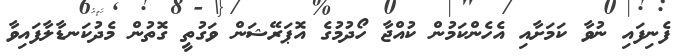
ފެނިފައި ނުވާ ކަމަަށާއި އެހެންކަމުން ކުއްޖާ ހޯދުމުގެ އޮޕަރޭޝަން ވަގުތީ ގޮތުން މެދުކަނޑާލާފައިވާ